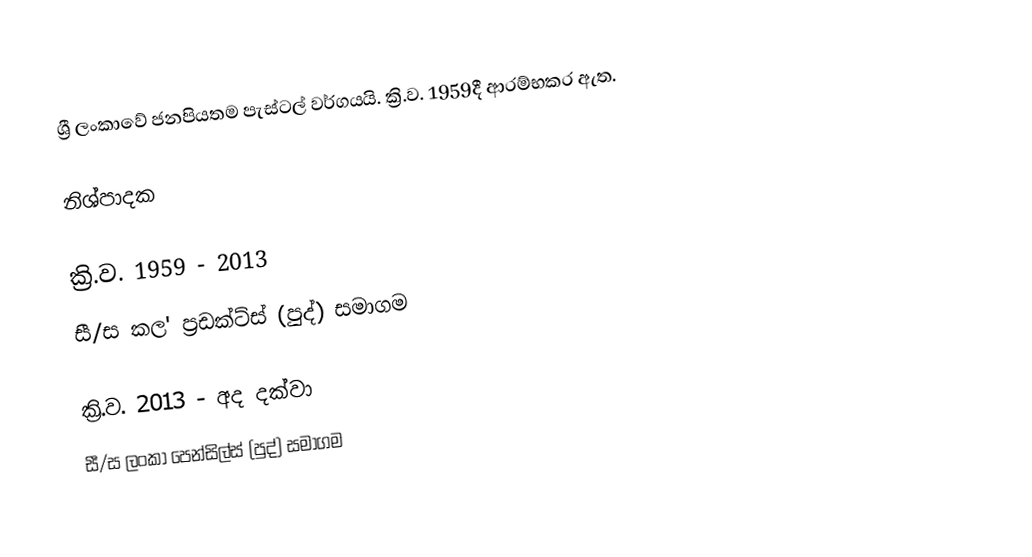
ශ්‍රී ලංකාවේ ජනපියතම පැස්ටල් වර්ගයයි. ක්‍රි.ව. 1959දී ආරම්භකර ඇත.

නිශ්පාදක

ක්‍රි.ව. 1959 - 2013
සී/ස කල' ප්‍රඩක්ට්ස් (පුද්) සමාගම

ක්‍රි.ව. 2013 - අද දක්වා
සී/ස ලංකා පෙන්සිල්ස් (පුද්) සමාගම